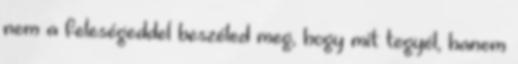
nem a feleségeddel beszéled meg, hogy mit tegyél, hanem